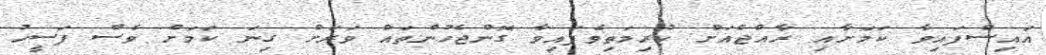
އައިސްފައިވާ ކަމަށާއި ރާއްޖެއަށް ކުރިމަތިވެފައިވާ ގޮންޖެހުންތައް ވަރަށް ގިނަ ކަމަށް ވެސް ފަސީހު